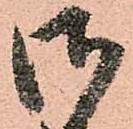
御